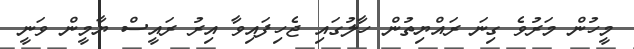
މީހުން މަރުވެ ގިނަ ރައްޔިތުން ހާލުގައި ޖެހިފައިވާ އިރު ރައީސް ޔާމީން ވަނީ